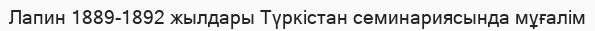
Лапин 1889-1892 жылдары Түркістан семинариясында мұғалім